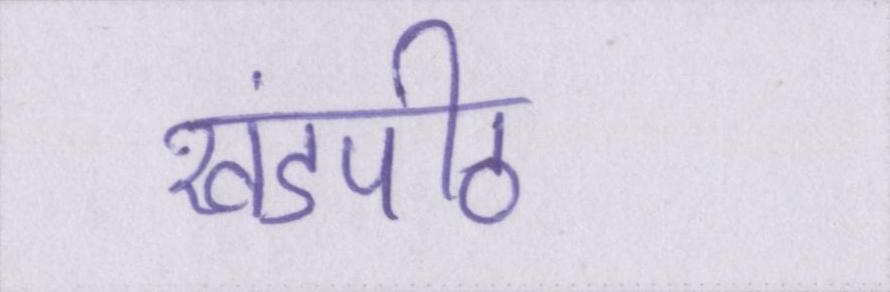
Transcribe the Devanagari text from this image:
खंडपीठ